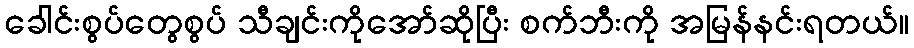
ခေါင်းစွပ်တွေစွပ် သီချင်းကိုအော်ဆိုပြီး စက်ဘီးကို အမြန်နင်းရတယ်။